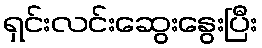
ရှင်းလင်းဆွေးနွေးပြီး